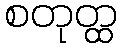
စတုတ္ထ